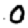
Digit: 0